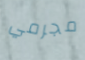
مجرمي